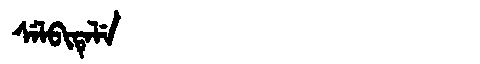
Manchu: ᠰᡝᠯᠪᡳᡨᡝᠯᡝ
Romanization: SELBITELE